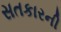
સતકારની